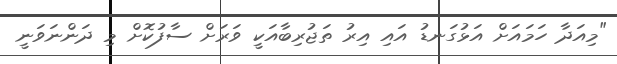
"މިއަދާ ހަމައަށް އަޅުގަނޑު އައި އިރު ތަޖުރިބާއަކީ ވަރަށް ސާފުކޮށް މި ދަންނަވަނީ